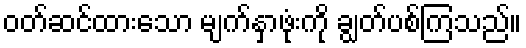
ဝတ်ဆင်ထားသော မျက်နှာဖုံးကို ချွတ်ပစ်ကြသည်။